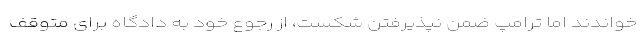
خواندند اما ترامپ ضمن نپذیرفتن شکست، از رجوع خود به دادگاه برای متوقف